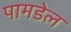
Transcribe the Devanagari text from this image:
पामडेल